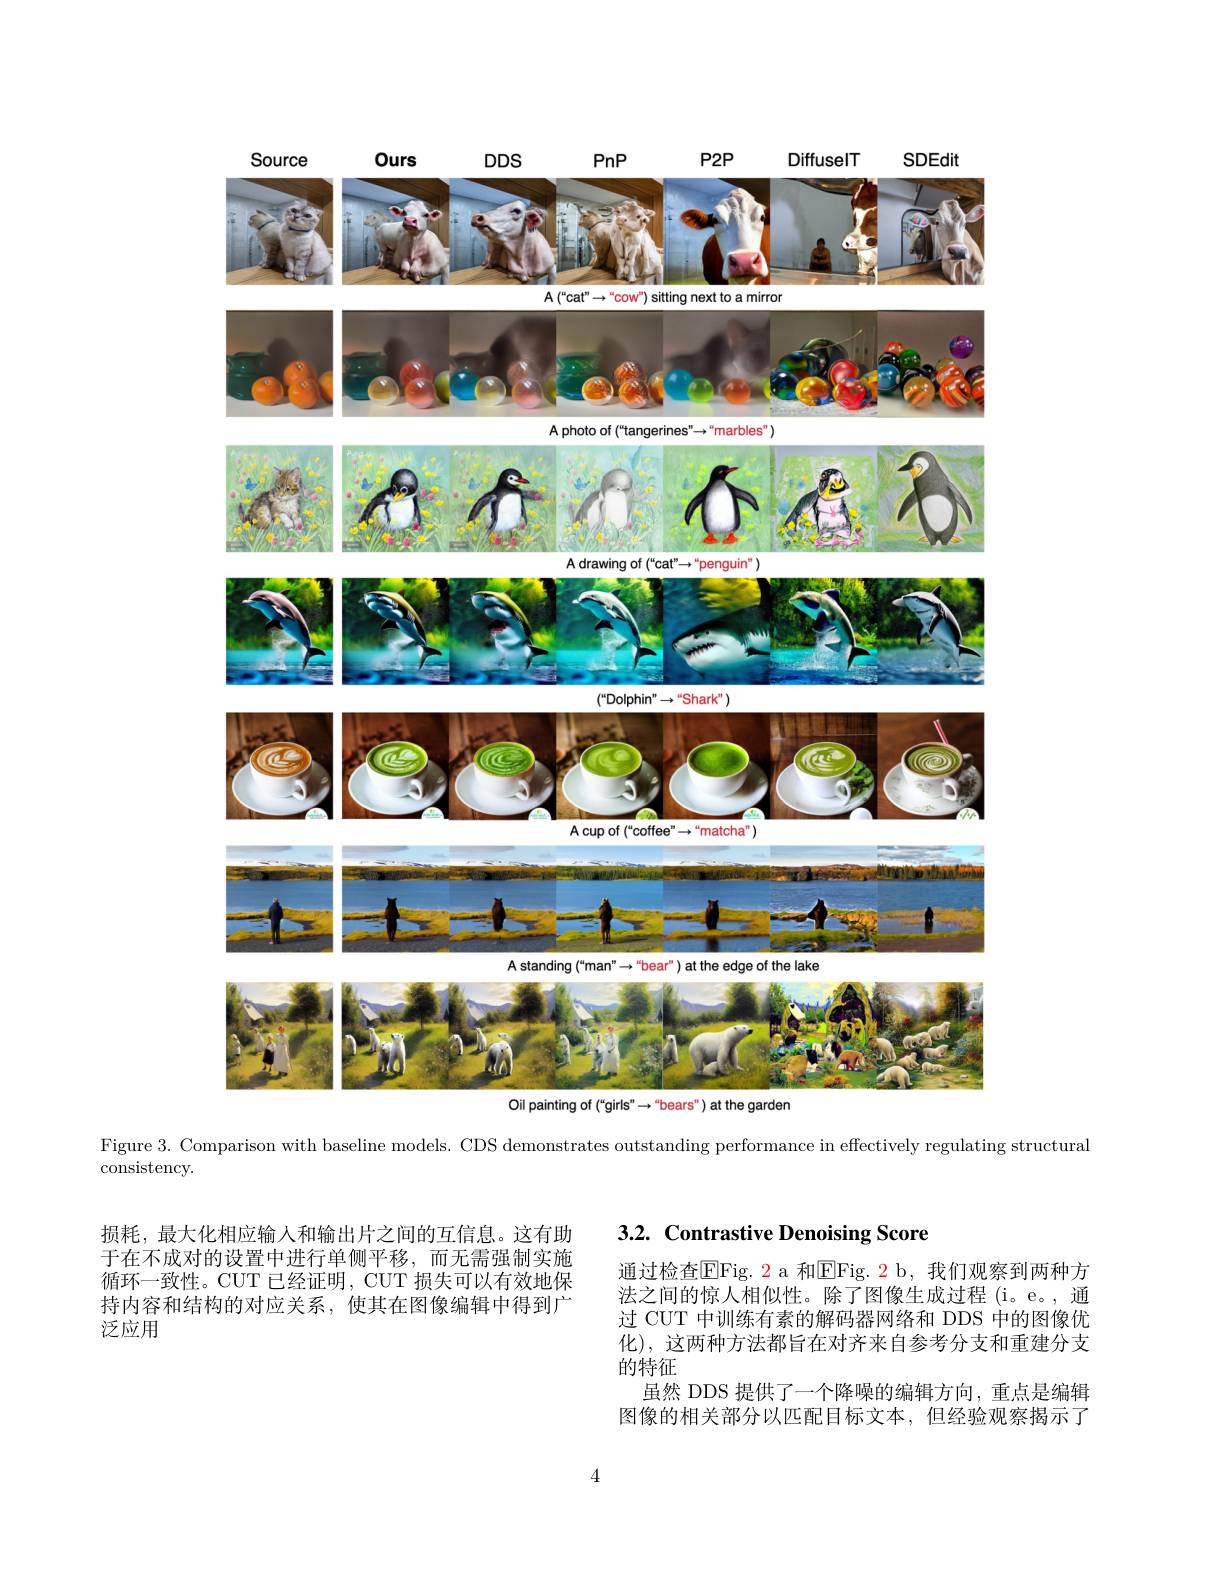
<FigureHere>

Figure 3. Comparison with baseline models. CDS demonstrates outstanding performance in effectively regulating structural

consistency.

损耗，最大化相应输入和输出片之间的互信息。这有助于在不成对的设置中进行单侧平移，而无需强制实施循环一致性。CUT 已经证明，CUT 损失可以有效地保持内容和结构的对应关系，使其在图像编辑中得到广泛应用

# 3.2. Contrastive Denoising Score

通过检查$\overline{\mathrm{E}}$Fig. 2 a 和$\overline{\mathrm{E}}$Fig. 2 b, 我们观察到两种方法之间的惊人相似性。除了图像生成过程(i。e。,通过 CUT 中训练有素的解码器网络和 DDS 中的图像优化),这两种方法都旨在对齐来自参考分支和重建分支的特征
虽然 DDS 提供了一个降噪的编辑方向，重点是编辑图像的相关部分以匹配目标文本，但经验观察揭示了

4